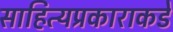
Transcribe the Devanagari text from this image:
साहित्यप्रकाराकडे